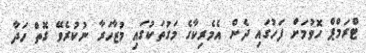
ޓްރަމްޕް ހޮވުމަށް ފަހުގައި ދެން އެމެރިކާގެ މަގުތަކުގައި މުޒާހަރާ ނުކުރެވޭ ގޮތް ހަދާ